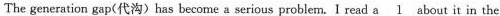
The generation gap(代沟)has become a serious problem. I read a\underline{1}about it in the